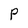
Character: P